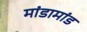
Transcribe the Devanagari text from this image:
मांडामांड